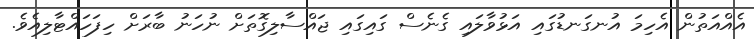
އެއްއަތުން އެހިމަ އުނގަނޑުގައި އަޅުވާލައި ގެނެސް ގައިގައި ޖައްސާލިގޮތަށް ނުހަނު ބާރަށް ހިފަހައްޓާލިއެވެ.